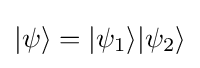
{\textstyle |\psi \rangle =|\psi _{1}\rangle |\psi _{2}\rangle }